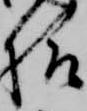
様